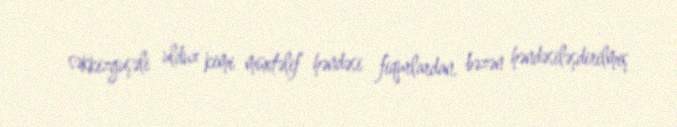
səkkizguşəli ulduz kimi müxtəlif həndəsi fiqurlardan, bəzən həndəsiləşdirilmiş